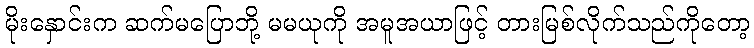
မိုးနှောင်းက ဆက်မပြောဘို့ မမယုကို အမူအယာဖြင့် တားမြစ်လိုက်သည်ကိုတော့